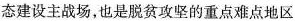
态建设主战场，也是脱贫攻坚的重点难点地区